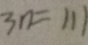
3 n = 1 1 1